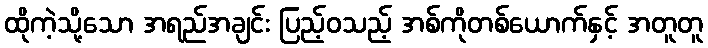
ထိုကဲ့သို့သော အရည်အချင်း ပြည့်ဝသည့် အစ်ကိုတစ်ယောက်နှင့် အတူတူ